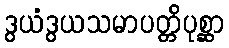
ဒွယံဒွယသမာပတ္တိပုစ္ဆာ